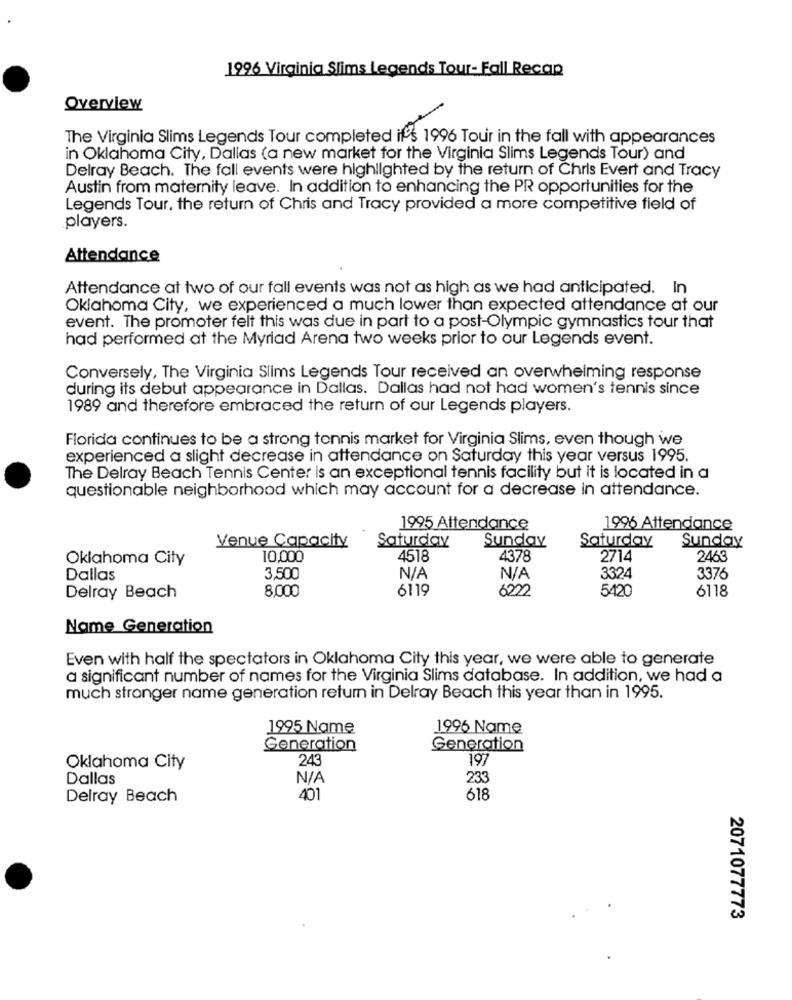
1996 Virginia Slims Legends Tour- Fall Recap
Overview
The Virginia Slims Legends Tour completed it's 1996 Tour in the fall with appearances
in Oklahoma City, Dallas (a new market for the Virginia Slims Legends Tour) and
Delray Beach. The fall events were highlighted by the return of Chris Evert and Tracy
Austin from maternity leave. In addition to enhancing the PR opportunities for the
Legends Tour, the return of Chris and Tracy provided a more competitive field of
players.
Attendance
Attendance at two of our fall events was not as high as we had anticipated. In
Oklahoma City, we experienced a much lower than expected attendance at our
event. The promoter felt this was due in part to a post-Olympic gymnastics tour that
had performed at the Myriad Arena two weeks prior to our Legends event.
Conversely, The Virginia Slims Legends Tour received an overwhelming response
during its debut appearance in Dallas. Dallas had not had women's tennis since
1989 and therefore embraced the return of our Legends players.
Florida continues to be a strong tonnis market for Virginia Slims, even though we
experienced a slight decrease in attendance on Saturday this year versus 1995.
The Delray Beach Tennis Center is an exceptional tennis facility but it is located in a
questionable neighborhood which may account for a decrease In attendance.
1995 Attendance
1996 Attendance
Saturday
Sunday
Sunday
Venue Capacity
Saturday
Oklahoma City
10,000
4518
4378
2714
2463
Dallas
3,500
3324
3376
8,000
6119
6222
5420
6118
Delray Beach
Name Generation
Even with half the spectators in Oklahoma City this year, we were able to generate
a significant number of names for the Virginia Slims database. In addition, we had a
much stronger name generation retum in Delray Beach this year than in 1995.
1995 Name
1996 Name
Generation
Generation
243
197
Oklahoma City
Dallas
233
Delray Beach
401
618
2071077773